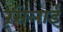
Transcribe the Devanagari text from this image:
रूसेलाई